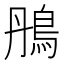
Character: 鴅